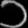
Digit: ၁